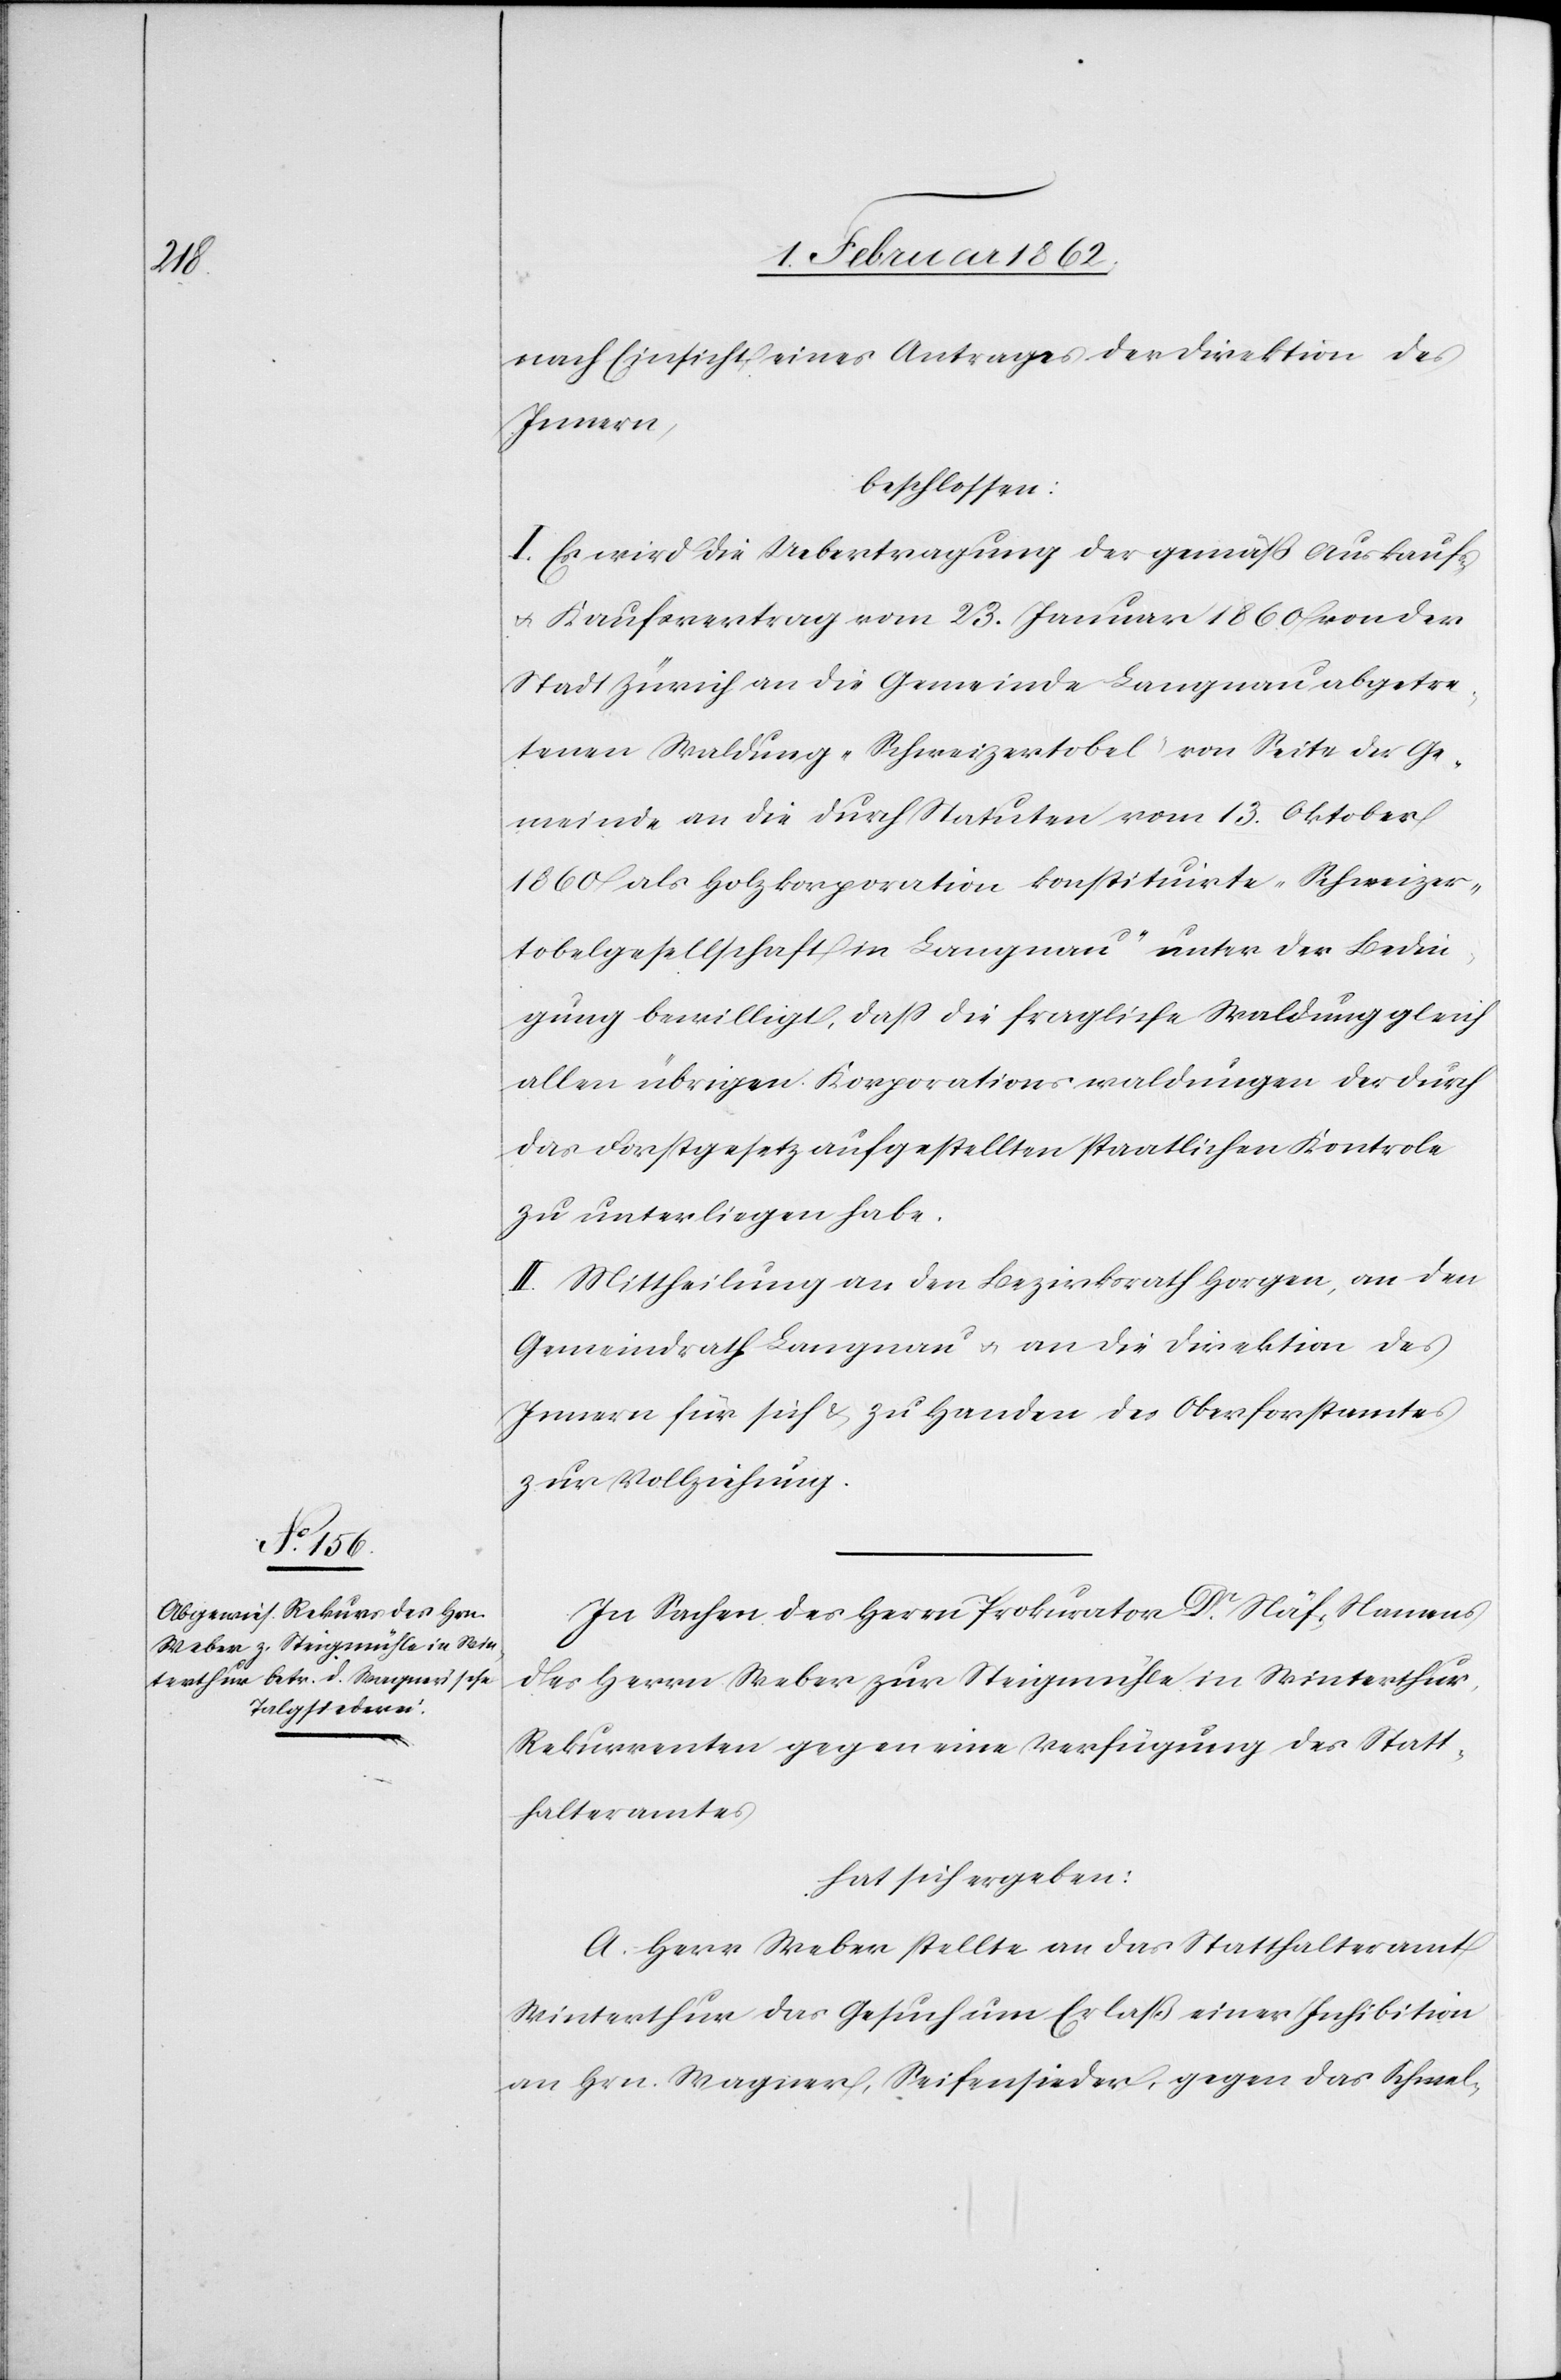
nach Einsicht eines Antrages der Direktion des
Innern,
beschlossen:
I. Es wird die Uebertragung der gemäß Auskaufs-
u. Kaufsvertrag vom 23. Januar 1860 von der
Stadt Zürich an die Gemeinde Langnau abgetre¬
tene Waldung „Schweizertobel“ von Seite der Ge¬
meinde an die durch Statuten vom 13. Oktober
1860 als Holzkorporation konstituirte „Schweizer¬
tobelgesellschaft in Langnau“ unter der Bedin¬
gung bewilligt, daß die fragliche Waldung gleich
allen übrigen Korporationswaldungen der durch
das Forstgesetz aufgestellten staatlichen Kontrole
zu unterliegen habe.
II. Mittheilung an den Bezirksrath Horgen, an den
Gemeindrath Langnau u. an die Direktion des
Innern für sich & zu Handen des Oberforstamtes
zur Vollziehung.
In Sachen des Herrn Prokurator Dr. Näf, Namens
des Herrn Weber zur Steigmühle in Winterthur,
Rekurrenten gegen eine Verfügung des Statt¬
halteramtes
hat sich ergeben:
A. Herr Weber stellte an das Statthalteramt
Winterthur das Gesuch um Erlaß einer Inhibition
an Hrn. Wagner, Seifensieder, gegen das Schmel-